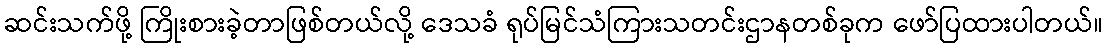
ဆင်းသက်ဖို့ ကြိုးစားခဲ့တာဖြစ်တယ်လို့ ဒေသခံ ရုပ်မြင်သံကြားသတင်းဌာနတစ်ခုက ဖော်ပြထားပါတယ်။